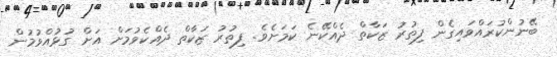
ބޭނުންކުރައްވައިގެން ފިތުރު ޒަކާތް ދެއްކޭނެ ކަމަށެވެ. ފިތުރު ޒަކާތް ދެއްކެވުމަށް އަށް ގުޅުއްވުމުން